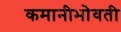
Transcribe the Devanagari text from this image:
कमानीभोवती